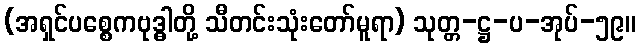
(အရှင်ပစ္စေကဗုဒ္ဓါတို့ သီတင်းသုံးတော်မူရာ) သုတ္တ-ဋ္ဌ-ပ-အုပ်-၅၉။